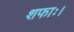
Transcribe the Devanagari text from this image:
शफाः।